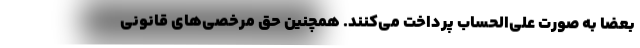
بعضا به صورت علی‌الحساب پرداخت می‌کنند. همچنین حق مرخصی‌های قانونی